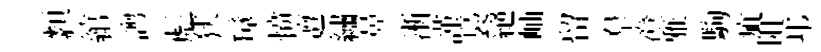
纇綰謭彪狭璋愤邅繡鼻淅謹裊絕岫留羣澄雅駒疵阻邛